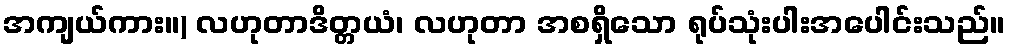
အကျယ်ကား။) လဟုတာဒိတ္တယံ၊ လဟုတာ အစရှိသော ရုပ်သုံးပါးအပေါင်းသည်။